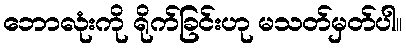
ဘောလုံးကို ရိုက်ခြင်းဟု မသတ်မှတ်ပါ။